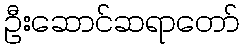
ဦးဆောင်ဆရာတော်